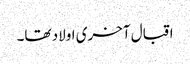
اقبال آخری اولاد تھا۔